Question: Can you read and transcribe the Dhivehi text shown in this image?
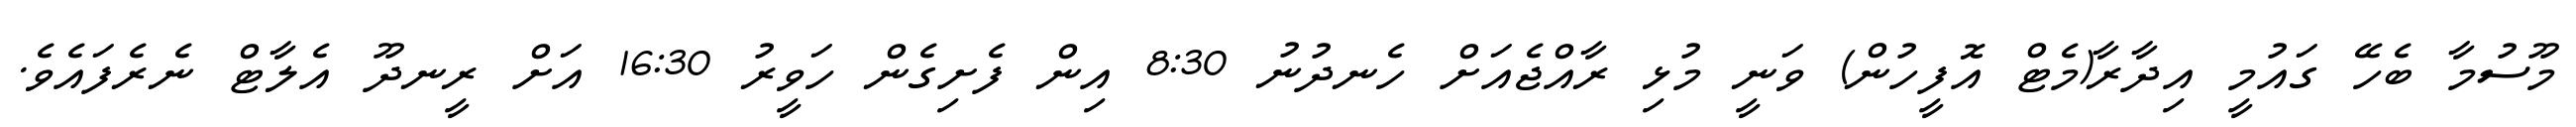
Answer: މޫސުމާ ބެހޭ ގައުމީ އިދާރާ(މެޓް އޮފީހުން) ވަނީ މުޅި ރާއްޖެއަށް ހެނދުނު 8:30 އިން ފެށިގެން ހަވީރު 16:30 އަށް ރީނދޫ އެލާޓް ނެރެފައެވެ.